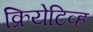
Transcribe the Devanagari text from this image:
क्रियेटिव्ह